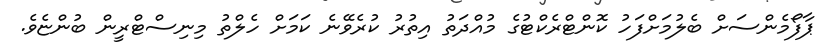
ޕާފޯމެންސަށް ބެލުމަށްފަހު ކޮންޓްރެކްޓުގެ މުއްދަތު އިތުރު ކުރެވޭނެ ކަމަށް ހެލްތު މިނިސްޓްރީން ބުންޏެވެ.